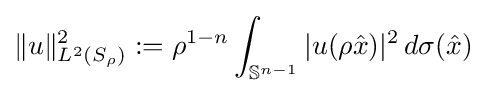
\|u\|_{L^{2}(S_{\rho })}^{2}:=\rho ^{1-n}\int _{\mathbb {S} ^{n-1}}\vert u(\rho {\hat {x}})\vert ^{2}\,d\sigma ({\hat {x}})